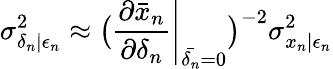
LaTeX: \sigma_{\delta_{n}|\epsilon_{n}}^{2}\approx\big(\left.\frac{\partial\bar{x}_{n}}{\partial\delta_{n}}\right|_{\bar{\delta_{n}}=0}\big)^{-2}\sigma_{x_{n}|\epsilon_{n}}^{2}